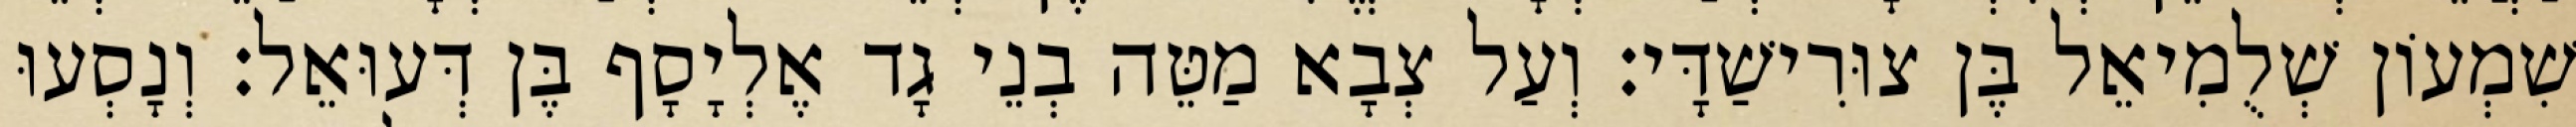
שִׁמְעוֹן שְׁלֻמִיאֵל בֶּן צוּרִישַׁדָּי׃ וְעַל צְבָא מַטֵּה בְנֵי גָד אֶלְיָסָף בֶּן דְּעוּאֵל׃ וְנָסְעוּ